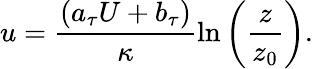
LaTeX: u=\frac{\left(a_{\tau}U+b_{\tau}\right)}{\kappa}\ln{\left(\frac{z}{z_{0}}\right)}.